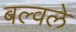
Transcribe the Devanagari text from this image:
बल्वले